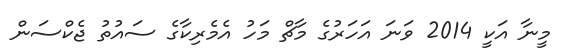
މީނާ އަކީ 2014 ވަނަ އަހަރުގެ މާޗް މަހު އެމެރިކާގެ ސައުތު ޖެކްސަން